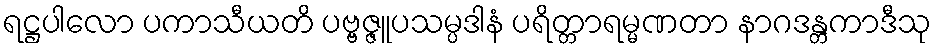
ရဋ္ဌပါလော ပကာသီယတိ ပဗ္ဗဇ္ဇူပသမ္ပဒါနံ ပရိတ္တာရမ္မဏတာ နာဂဒန္တကာဒီသု